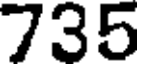
735